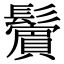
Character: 𩯭